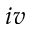
i v